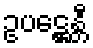
ဥပဋ္ဌေန္တီ